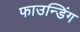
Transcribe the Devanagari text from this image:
फाउन्डिंग